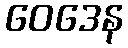
ဝေဒေန